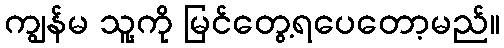
ကျွန်မ သူ့ကို မြင်တွေ့ရပေတော့မည်။